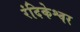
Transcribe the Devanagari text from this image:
रंदिकेश्वर